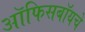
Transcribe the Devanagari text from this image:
ऑफिसबॉयचे